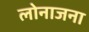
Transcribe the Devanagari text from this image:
लोनाजना